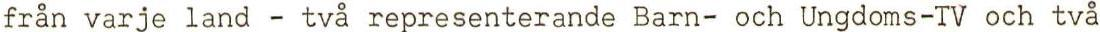
från varje land - två representerande Barn- och Ungdoms-TV och två